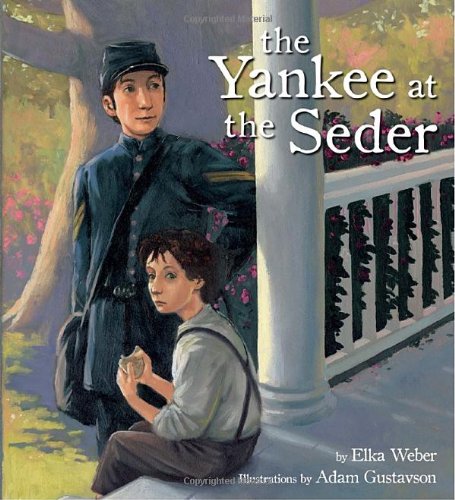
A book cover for The Yankee at the Seder; Elka Weber; Children's Books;